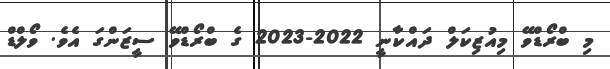
މި ބްރޯޑްވޭ މިއުޒިކަލް ދައްކާނީ 2022-2023 ގެ ބްރޯޑްވޭ ސީޒަންގަ އެވެ. ވޯލްޑް